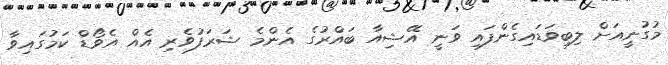
މުގުނީއަށް ލިބިވަޑައިގެންފައި ވަނީ އޭޝިއާ ބައްރުގެ އެންމެ ޝަރަފުވެރި އެއް އެވޯޑް ކަމުގައިވާ